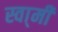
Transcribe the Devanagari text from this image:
स्वा्मी